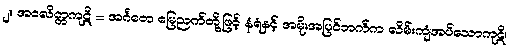
၂။ အဝလိတ္တကုဋိ = အင်္ဂတေ မြေညက်တို့ဖြင့် နံရံနှင့် အမိုးအပြင်ဘက်က လိမ်းကျံအပ်သောကုဋိ၊